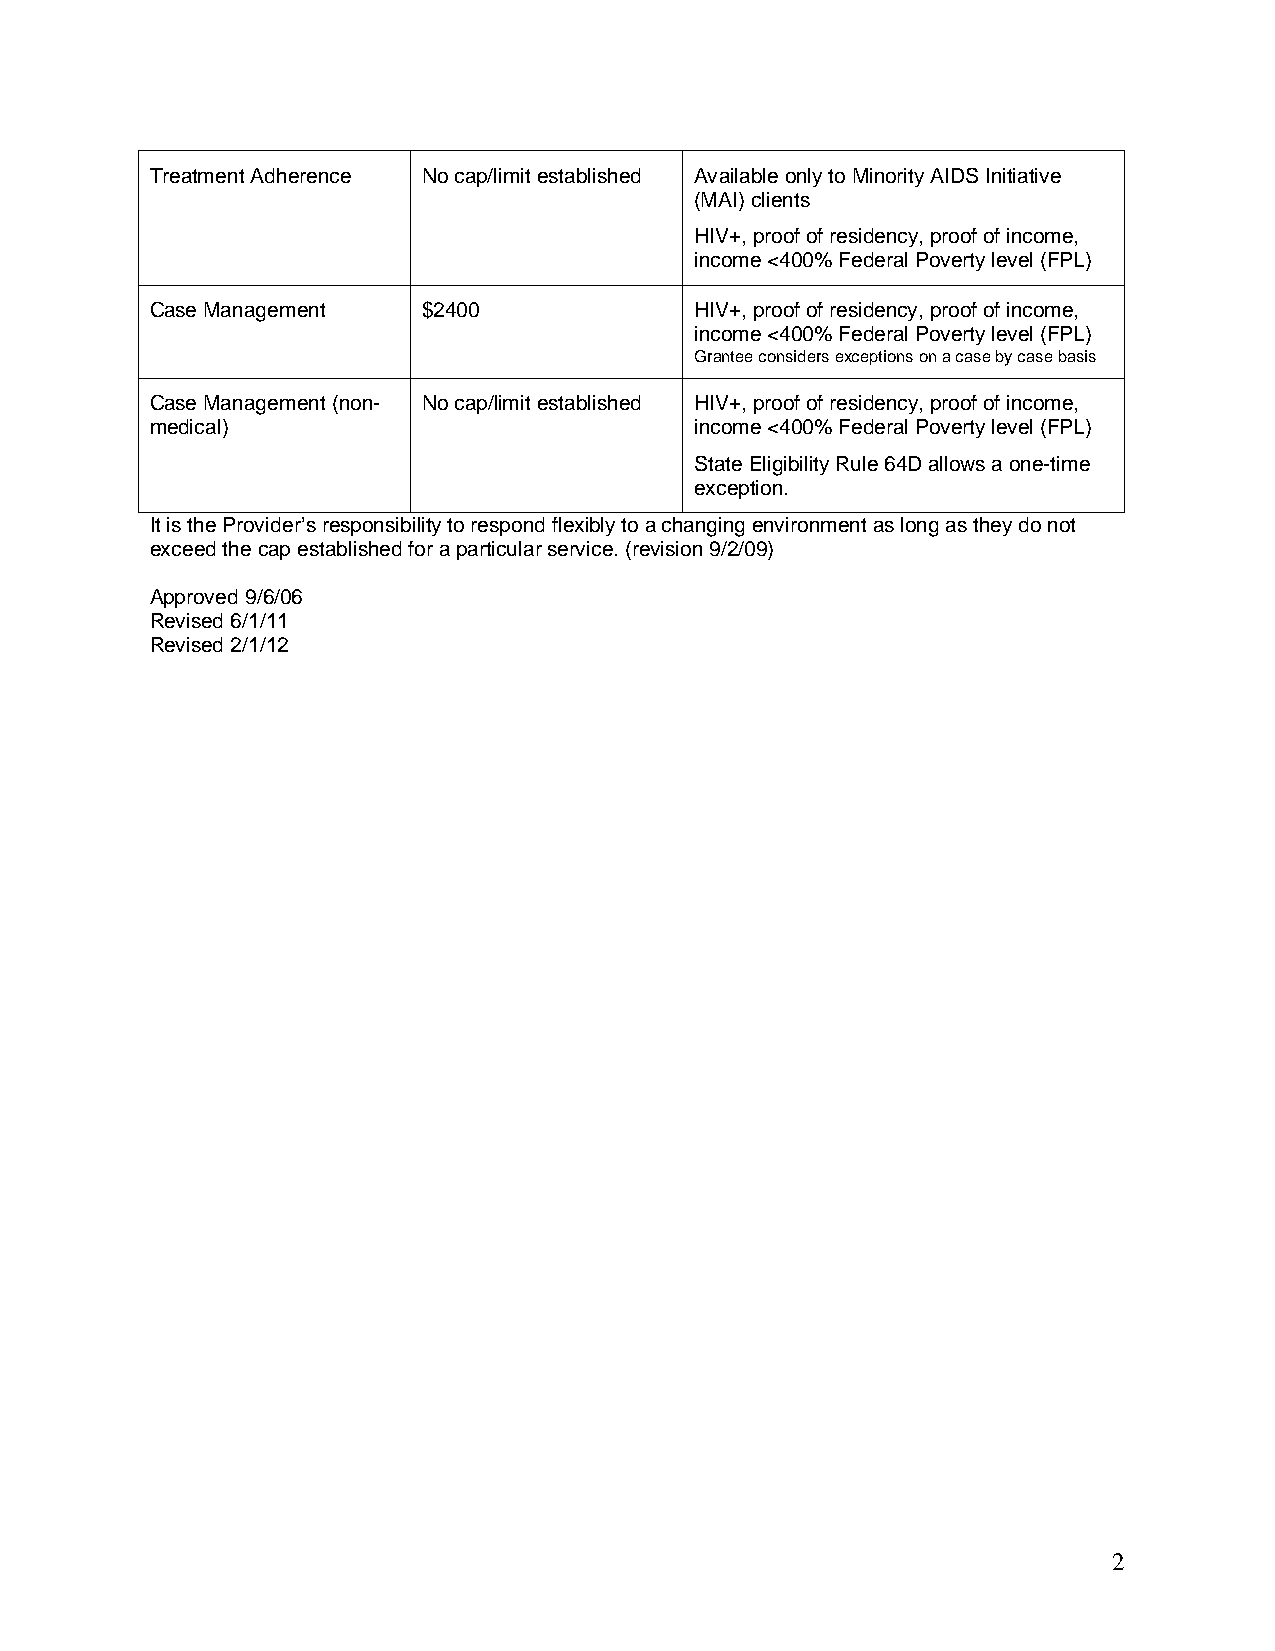
Treatment Adherence No cap/limit established Available only to Minority AIDS Initiative
 (MAI) clients
 HIV+, proof of residency, proof of income,
 income <400% Federal Poverty level (FPL)
 Case Management   $2400             HIV+, proof of residency, proof of income,
 income <400% Federal Poverty level (FPL)
 Grantee considers exceptions on a case by case basis
 Case Management (non- No cap/limit established HIV+, proof of residency, proof of income,
 medical)                            income <400% Federal Poverty level (FPL)
 State Eligibility Rule 64D allows a one-time
 exception.
 It is the Provider’s responsibility to respond flexibly to a changing environment as long as they do not
 exceed the cap established for a particular service. (revision 9/2/09)
 Approved 9/6/06
 Revised 6/1/11
 Revised 2/1/12
 2